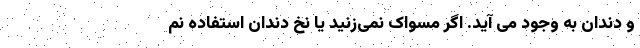
و دندان به وجود می آید. اگر مسواک نمی‌زنید یا نخ دندان استفاده نم